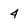
Character: 4